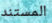
المستند